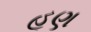
હૂણ